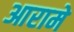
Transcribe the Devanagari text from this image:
आरामे